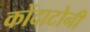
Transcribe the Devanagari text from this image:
कोंदाटोनी